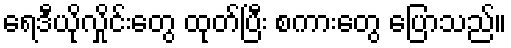
ရေဒီယိုလှိုင်းတွေ ထုတ်ပြီး စကားတွေ ပြောသည်။